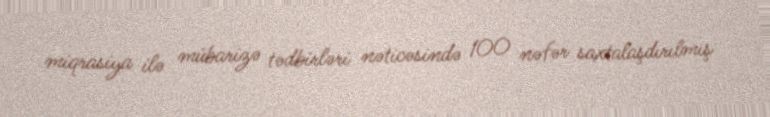
miqrasiya ilə mübarizə tədbirləri nəticəsində 100 nəfər saxtalaşdırılmış